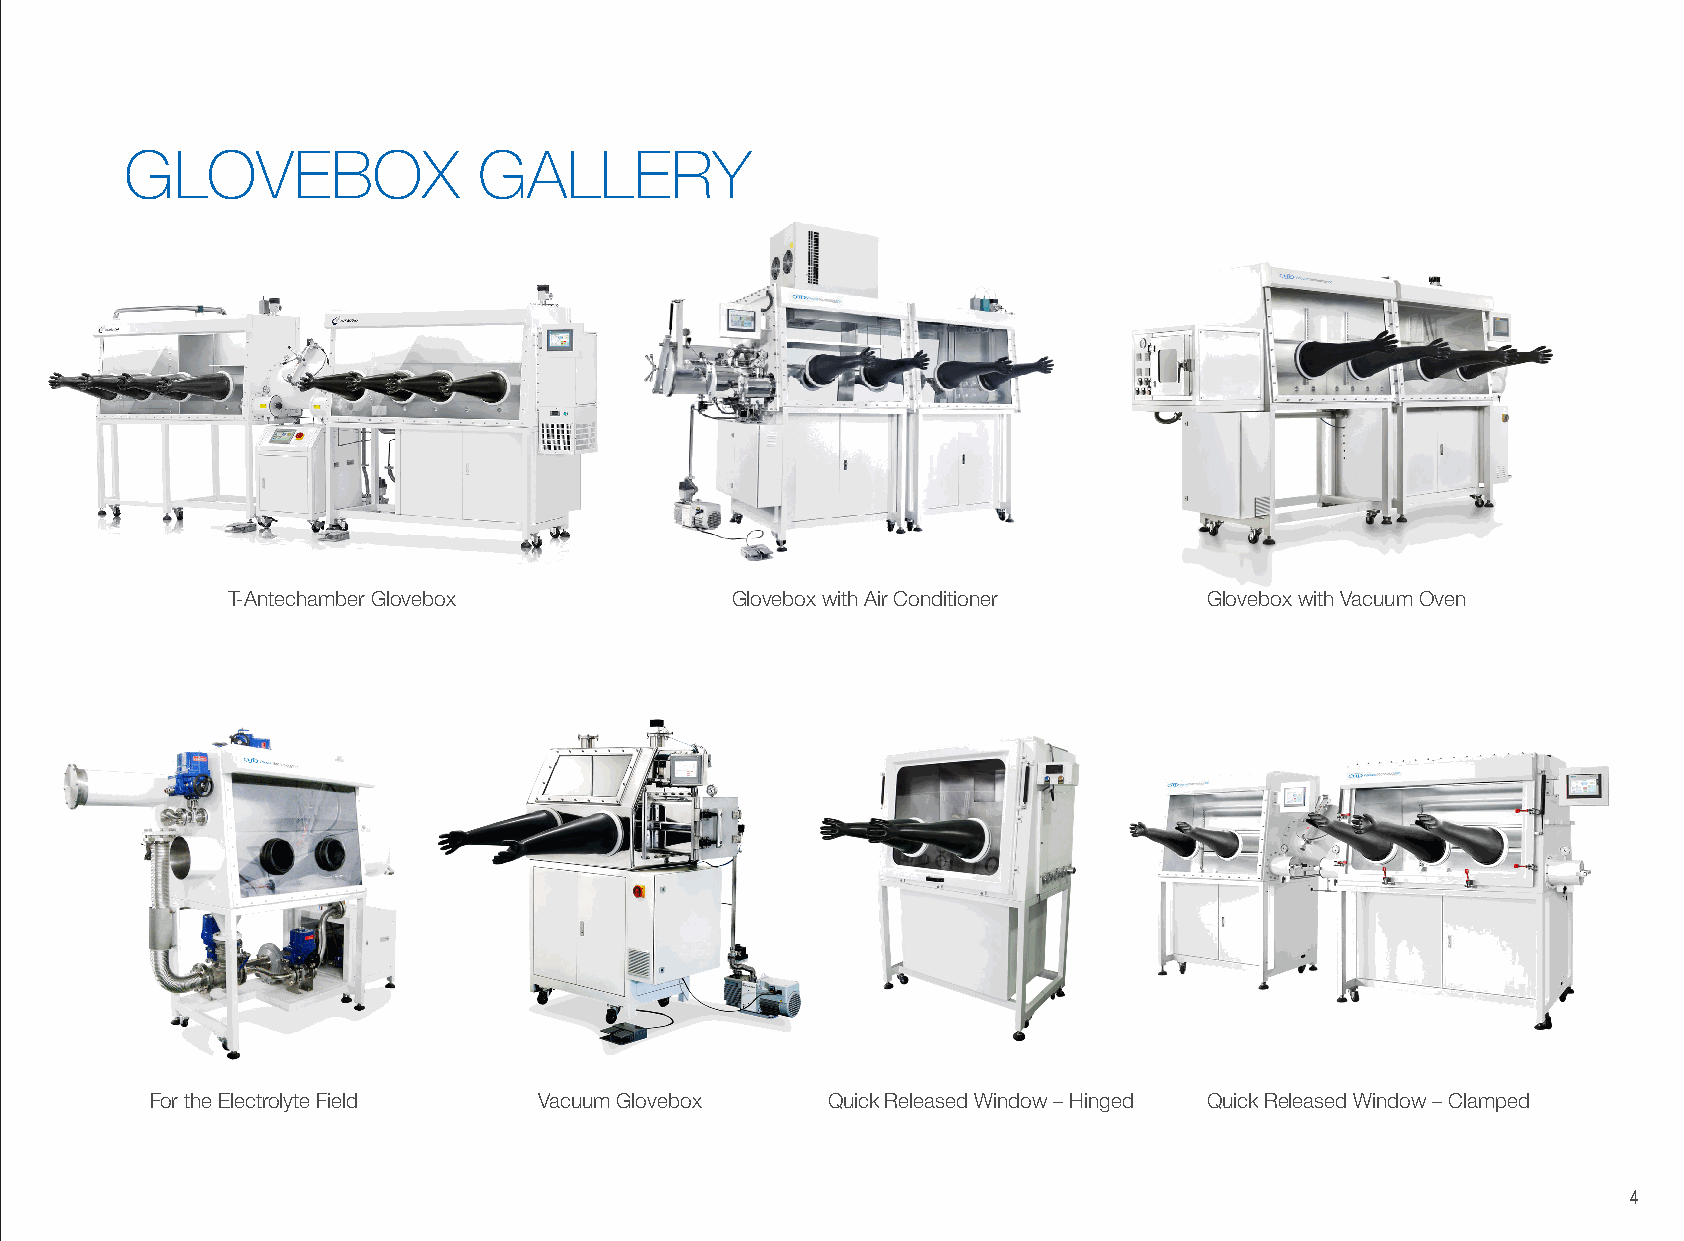
GLOVEBOX                GALLERY
 T-Antechamber Glovebox           Glovebox with Air Conditioner   Glovebox with Vacuum Oven
 For the Electrolyte Field Vacuum Glovebox    Quick Released Window – Hinged Quick Released Window – Clamped
 4